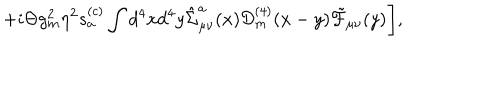
LaTeX: + i \Theta g _ { m } ^ { 2 } \eta ^ { 2 } s _ { a } ^ { ( c ) } \int d ^ { 4 } x d ^ { 4 } y \hat { \Sigma } _ { \mu \nu } ^ { a } ( x ) { \cal D } _ { m } ^ { ( 4 ) } ( x - y ) \tilde { \cal F } _ { \mu \nu } ( y ) \Biggr ] ,